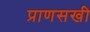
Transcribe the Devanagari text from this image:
प्राणसखी